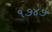
૧૭૪૭